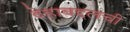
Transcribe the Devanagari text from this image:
देहाबद्दलची